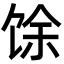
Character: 馀